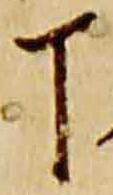
丁